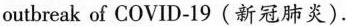
outbreak of COVID-19 (新冠肺炎).